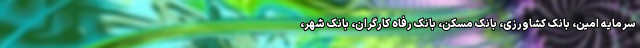
سرمایه امین، بانک کشاورزی، بانک مسکن، بانک رفاه کارگران، بانک شهر،